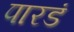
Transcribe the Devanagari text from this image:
पारडं